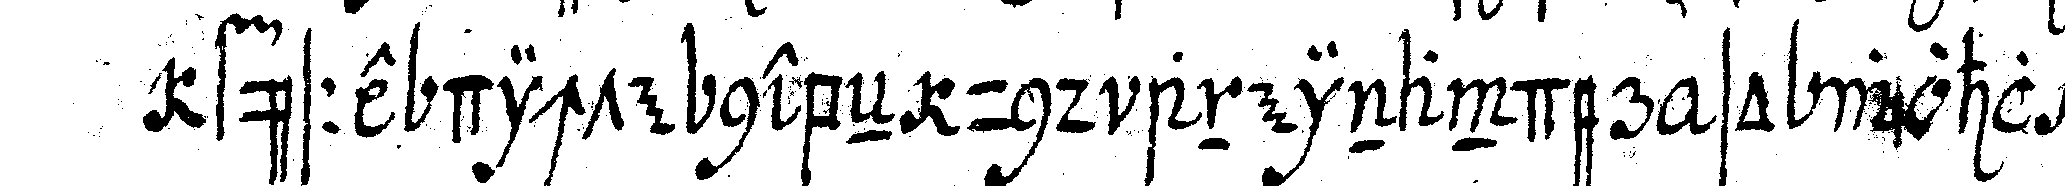
füsse dichte nebeN und aneinander so wohl